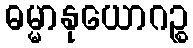
ဓမ္မာနုယောဂဉ္စ